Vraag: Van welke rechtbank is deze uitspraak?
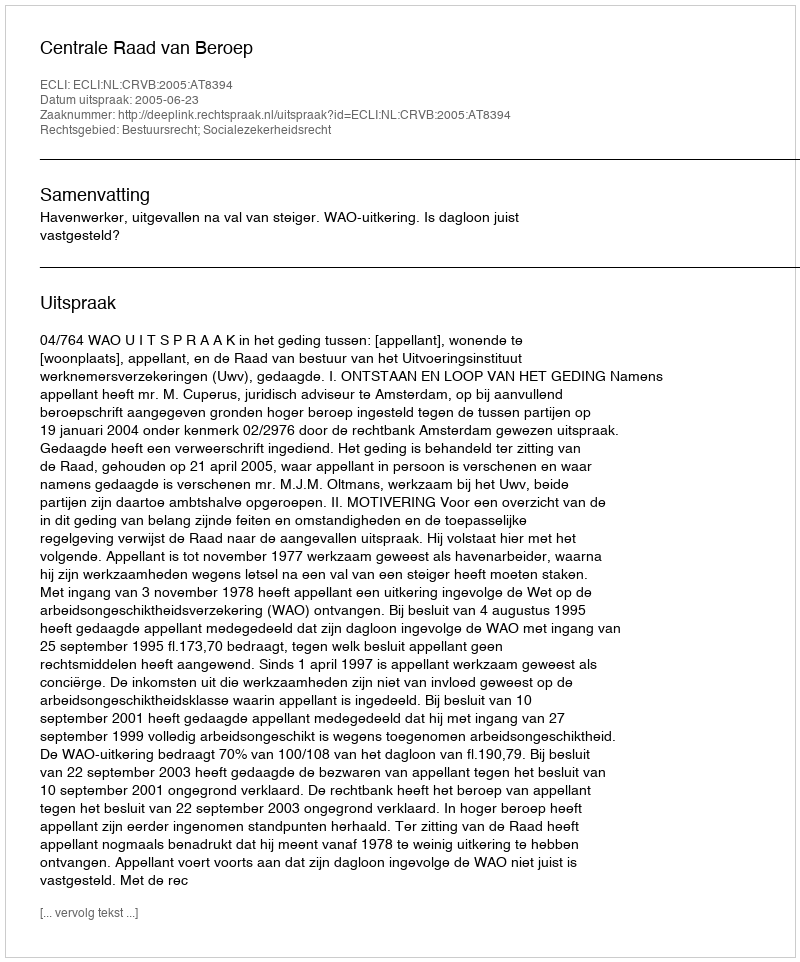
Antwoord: Centrale Raad van Beroep